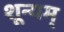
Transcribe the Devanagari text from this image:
शून्यम्